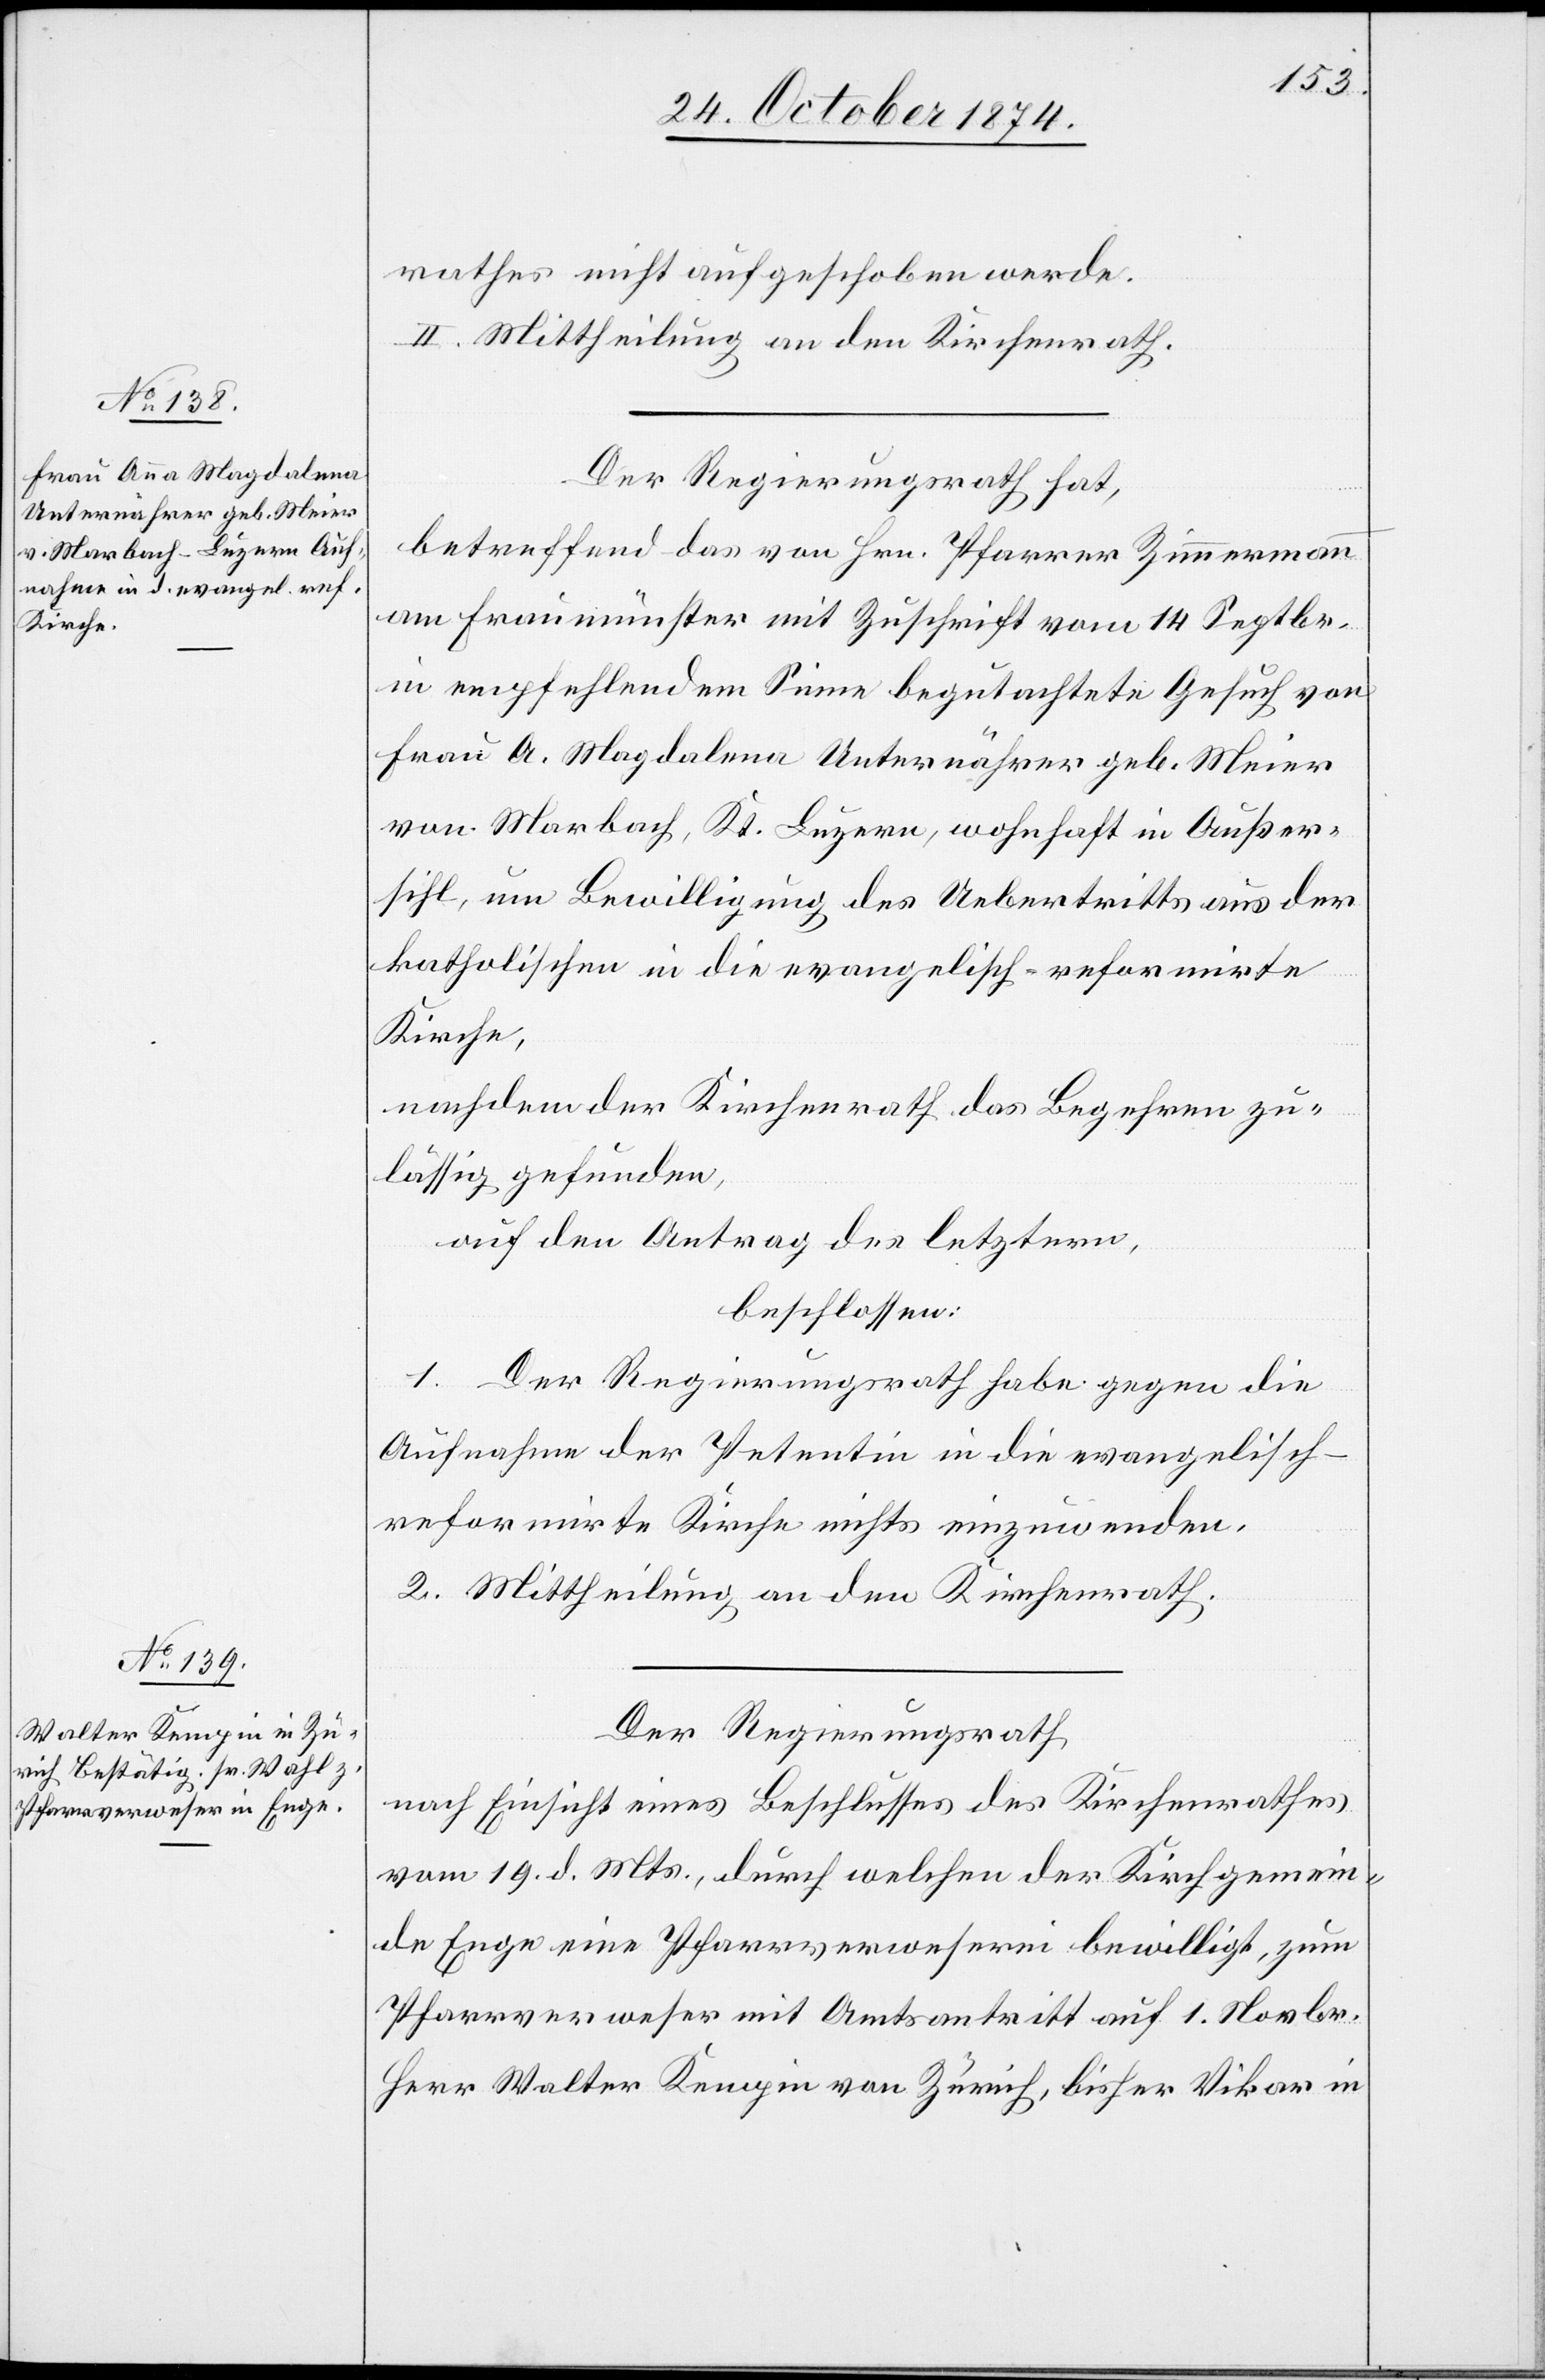
rathes nicht aufgeschoben werden.
II. Mittheilung an den Kirchenrath.
Der Regierungsrath hat,
betreffend das von Hrn. Pfarrer Zimmermann
am Fraumünster mit Zuschrift vom 14. Septbr.
in empfehlendem Sinne begutachtete Gesuch von
Frau A. Magdalena Unternährer geb. Meier
von Marbach, Kt. Luzern, wohnhaft in Außer¬
sihl, um Bewilligung des Uebertritts aus der
katholischen in die evangelisch-reformirte
Kirche,
nachdem der Kirchenrath das Begehren zu¬
lässig gefunden,
auf den Antrag der letztern,
beschlossen:
1. Der Regierungsrath habe gegen die
Aufnahme der Petentin in die evangelisch-r¬
eformirte Kirche nichts einzuwenden.
2. Mittheilung an den Kirchenrath.
Der Regierungsrath
nach Einsicht eines Beschlusses des Kirchenrathes
vom 19. d. Mts., durch welchen der Kirchgemein¬
de Enge eine Pfarrverweserei bewilligt, zum
Pfarrverweser mit Amtsantritt auf 1. Novbr.
Herr Walter Kempin von Zürich, bisher Vikar in